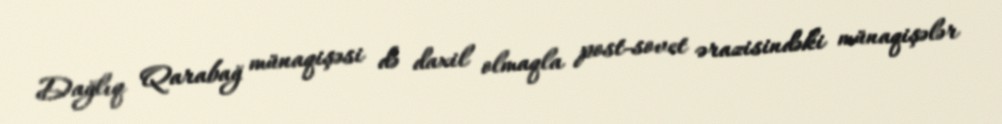
Dağlıq Qarabağ münaqişəsi də daxil olmaqla post-sovet ərazisindəki münaqişələr